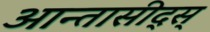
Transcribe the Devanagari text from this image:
आन्तासीद्स्